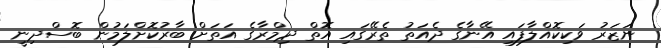
ނަޒަރު ވަކިކޮއްލާފައި އޭނާގެ ދެއަތު ތެރޭގައި އޮތް ދިމްރާގެ އަތަށް ބާރުކޮށްލަމުން ބޮސްދިނީ